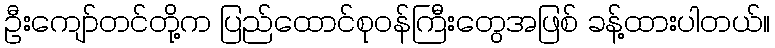
ဦးကျော်တင်တို့က ပြည်ထောင်စုဝန်ကြီးတွေအဖြစ် ခန့်ထားပါတယ်။